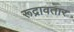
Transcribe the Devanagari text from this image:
रूद्रावतार